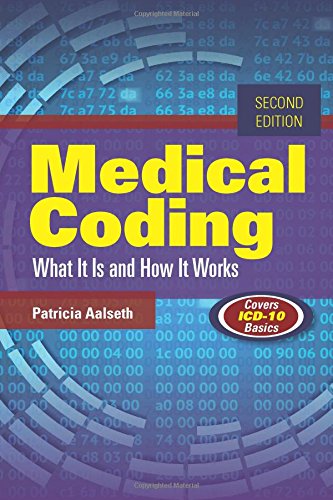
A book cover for Medical Coding: What It Is and How It Works; Patricia Aalseth; Medical Books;